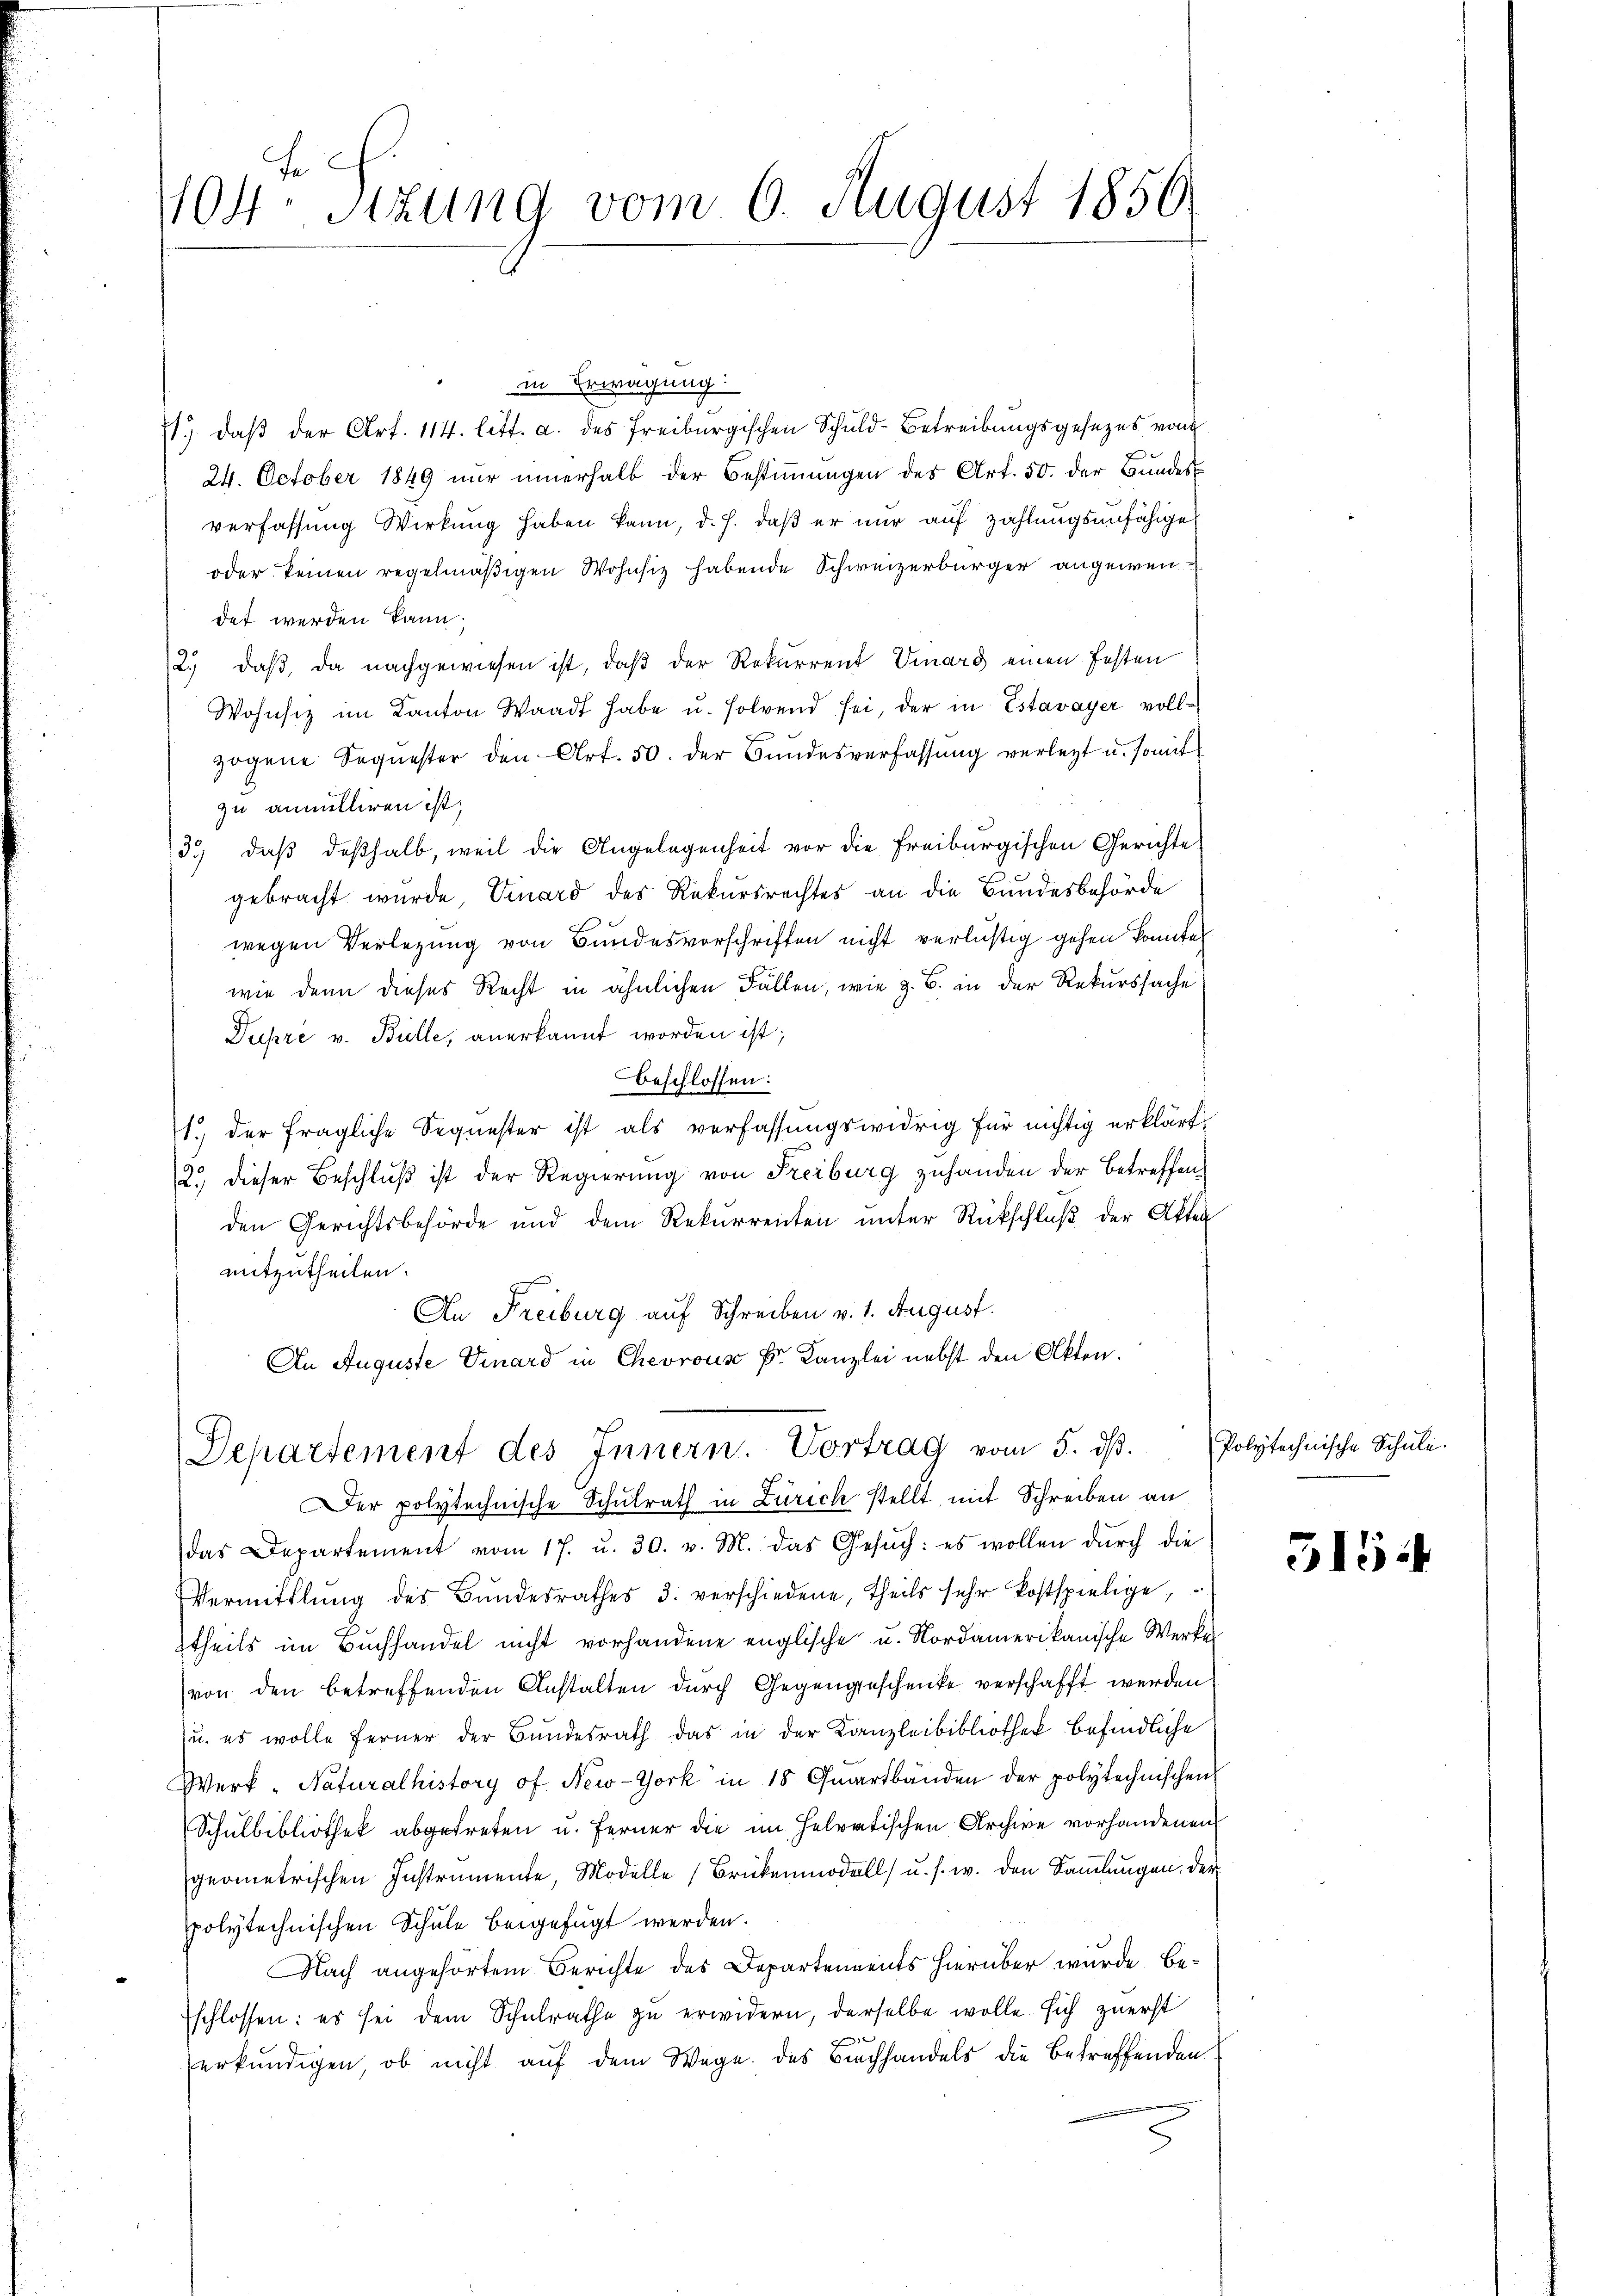
E
104 Stzung vom 6. August 1856

in Erwägung:
1) daß der Art. 114. litt. a. des Freiburgischen Schuld-Betreibungsgesezes von
24. October 1849 nur innerhalb der Bestimmungen des Art. 50. der Bundes
verfassung Wirkung haben kann, d. h. daß er nur auf Zahlungsunfähigen
oder keinen regelmäßigen Wohnsiz habende Schweizerbürger angewendet werden kann.
2., daß, da nachgewiesen ist, daß der Rekurrent Viard einen festen
Wohnsiz im Kanton Waadt habe u. solvend sei, der in Estavayer vollzogene Sequester den Art. 50. der Bundesverfassung verlegt u. somit
zu annulliren ist;
3.) daß deßhalb, weil die Angelegenheit vor die Freiburgischen Gerichte
gebracht wurde Ernard des Rekursrechtes an die Bundesbehörde
wegen Verlegung von Bundesvorschriften nicht verlustig gehen konnten
wie denn dieses Recht in ähnlichen Fällen, wie z. B. in der Rekurssache
Dupre v. Bulle, anerkannt worden ist;
beschlossen:
1.) der fragliche Sequester ist als verfassungswidrig für nichtig erklärt
2.) dieser Beschluß ist der Regierung von Freiburg zuhanden der Betreffenden Gerichtsbehörde und dem Rekurrenten unter Rückschluß der Akten
mitzutheilen.
An Freiburg auf Schreiben v. 1. August.
An Auguste Vinard in Chevrous Dr. Kanzlei nebst den Akten.

Departement des Innern. Vortrag vom 5. ds.

er polytechnische Schulrath in Zürich stellt, mit Schreiben an
das Departement vom 17. u. 30. v. M. das Gesŭch: es wollen dŭrch die
Vermittlung des Bundesrathes 3. verschiedene, theils sehr kostspielige,
theils im Buchhandel nicht vorhandene englische u. Nordamerikanische Werker
von den betreffenden Anstalten durch Gegengeschenke verschafft werden
u. es wolle Ferner der Bundesrath das in der Kanzleibibliothek befindliche
Werk - Naturalhistory of New-York in 18 Quartbänden der polytechnischen
Schulbibliothek abgetreten u. ferner die im helvetischen Archive vorhandenen
geometrischen Instrumente, Modelle Brückenmodell u. s. w. den Sammlungen, der
polytechnischen Schule beigefügt werden.
Nach angehörtem Berichte des Departements hierüber wurde beschlossen: es sei dem Schulrathe zu erwidern, derselbe wolle sich zuerst
erkundigen, ob nicht auf dem Wege des Buchhandels die betreffenden

Polytechnische Schule.

515